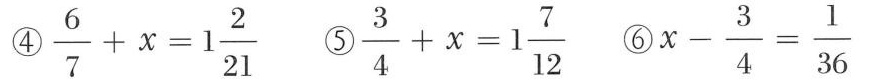
$$\frac { 6 } { 7 } + x = 1 \frac { 2 } { 2 1 }$$ ⑤ $$\frac { 3 } { 4 } + x = 1 \frac { 7 } { 1 2 }$$⑥$$x - \frac { 3 } { 4 } = \frac { 1 } { 3 6 }$$